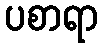
ပစာရာ